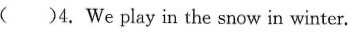
( )4.We play in the snow in winter.